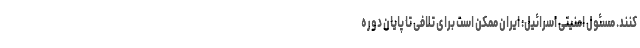
کنند. مسئول امنیتی اسرائیل: ایران ممکن است برای تلافی تا پایان دوره